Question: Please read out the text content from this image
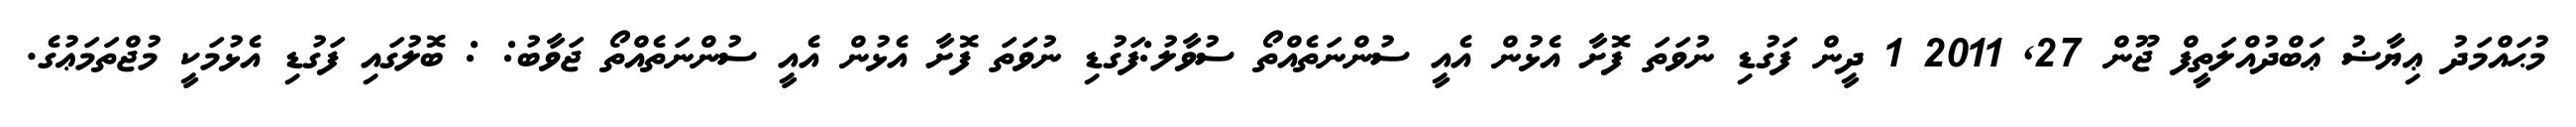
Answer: މުޙައްމަދު ޢިޔާޟު ޢަބްދުއްލަތީފް ޖޫން 27, 2011 1 ދީން ފަގުޑި ނުވަތަ ފޮށާ އެޅުން އެއީ ސުންނަތެއްތޯ ސުވާލު:ފަގުޑި ނުވަތަ ފޮށާ އެޅުން އެއީ ސުންނަތެއްތޯ ޖަވާބު: : ބޮލުގައި ފަގުޑި އެޅުމަކީ މުޖްތަމަޢުގެ.